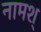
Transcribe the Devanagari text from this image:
नामश्